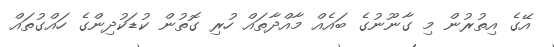
އޭގެ އިތުރުން މި ގާނޫނުގެ ބައެއް މާއްދާތައް ހުރި ގޮތުން ކުޑަކުދިންގެ ހައްގުތައް